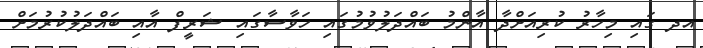
އދ ގައި މިހާރު ކުރިއަށްދާ އާންމު ބައްދަލުވުމުގައި ހަވާސާގައި ޝަރީފް އާއި ބައްދަލުކުރުމަށް